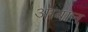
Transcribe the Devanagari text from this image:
आबान